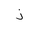
Letter: _thal